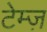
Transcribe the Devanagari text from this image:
टेम्ज़